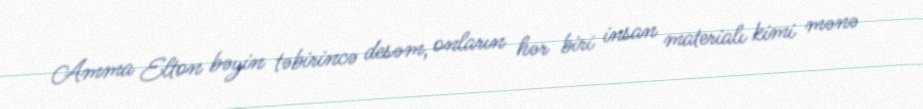
Amma Elton bəyin təbirincə desəm, onların hər biri insan materialı kimi mənə